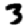
Digit: 3